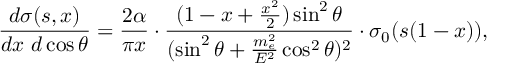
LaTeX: \frac { d \sigma ( s , x ) } { d x ~ d \cos { \theta } } = \frac { 2 \alpha } { \pi x } \cdot \frac { ( 1 - x + \frac { x ^ { 2 } } { 2 } ) \sin ^ { 2 } { \theta } } { ( \sin ^ { 2 } { \theta } + \frac { m _ { e } ^ { 2 } } { E ^ { 2 } } \cos ^ { 2 } { \theta } ) ^ { 2 } } \cdot \sigma _ { 0 } ( s ( 1 - x ) ) ,